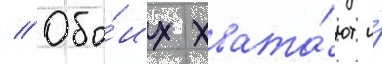
// Обо́их хвата́ют и́